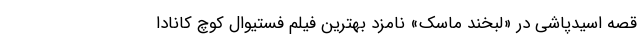
قصه اسیدپاشی در «لبخند ماسک» نامزد بهترین فیلم فستیوال کوچ کانادا